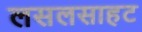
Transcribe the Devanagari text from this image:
लसलसाहट